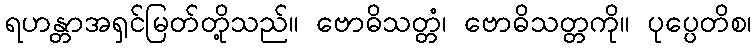
ရဟန္တာအရှင်မြတ်တို့သည်။ ဗောဓိသတ္တံ၊ ဗောဓိသတ္တကို။ ပုပ္ပေတိစ၊